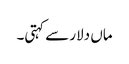
ماں دلار سے کہتی۔